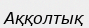
Аққолтық